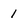
Character: 1